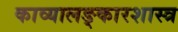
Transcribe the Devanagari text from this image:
काव्यालङ्कारशास्त्र